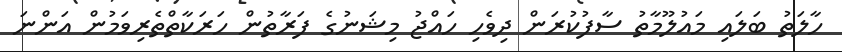
ހާލަތު ބަލައި މައުލޫމާތު ސާފުކުރަން ދިވެހި ހައްޖު މިޝަނުގެ ފަރާތުން ހަރަކާތްތެރިވަމުން އަންނަ